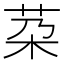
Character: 䒳